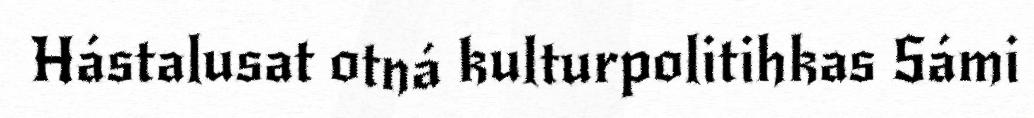
Hástalusat otná kulturpolitihkas Sámi